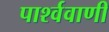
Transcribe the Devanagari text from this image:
पार्श्ववाणी